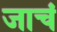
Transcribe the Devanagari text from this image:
जाचं